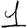
Digit: 1